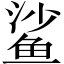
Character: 鲨